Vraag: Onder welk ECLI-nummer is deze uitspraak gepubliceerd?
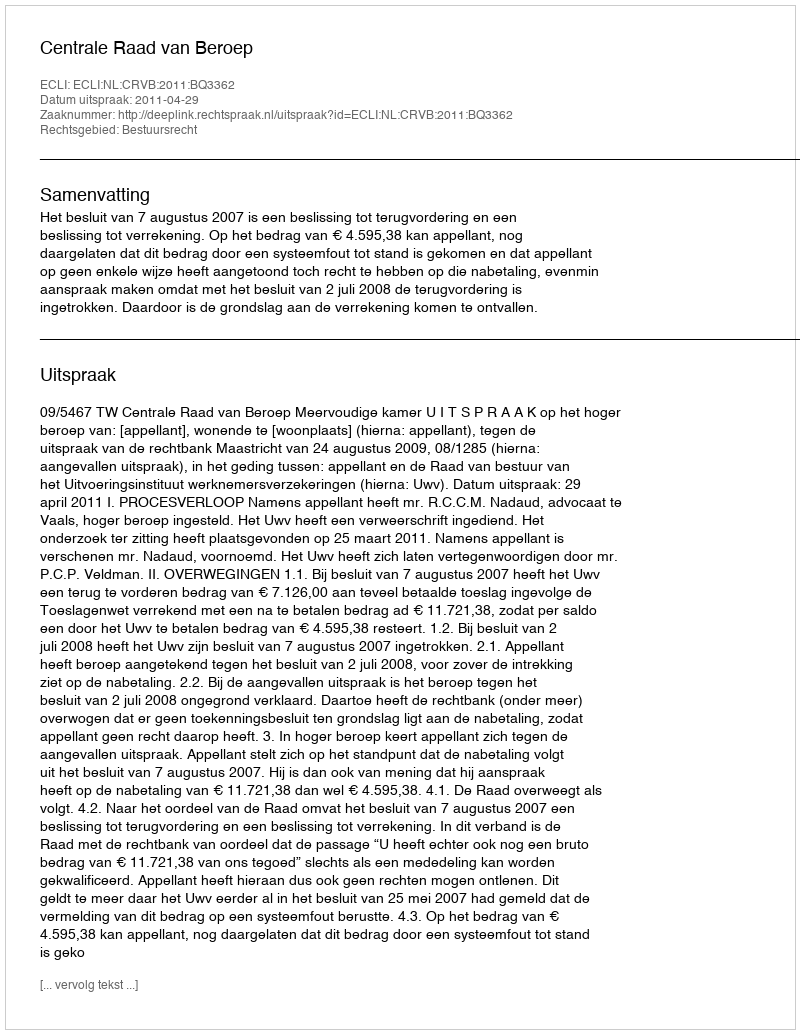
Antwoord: ECLI:NL:CRVB:2011:BQ3362